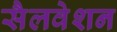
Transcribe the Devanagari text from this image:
सैलवेशन